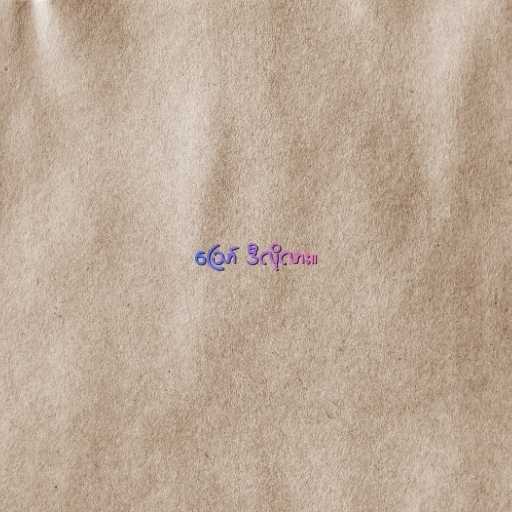
ဪ ဒီလိုလား။